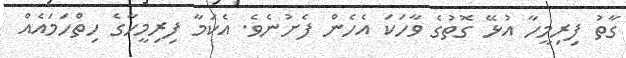
ގާތު ފިރިމީހާ އުޅޭ ގޮތުގެ ވާހަކަ އެހެން ފެށުނެވެ. އެކަމާ ފިރިމީހާގެ ހިތްހަމައެއް